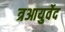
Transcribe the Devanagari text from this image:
त्रआयुर्वेद